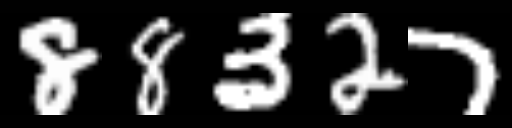
Text: 88327